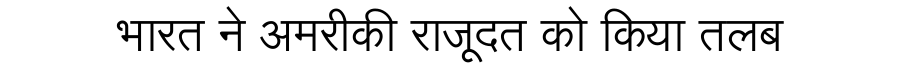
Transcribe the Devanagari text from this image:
भारत ने अमरीकी राजूदत को किया तलब